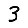
Digit: 3